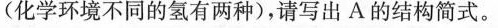
(化学环境不同的氢有两种)，请写出A的结构简式。